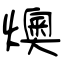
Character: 燠